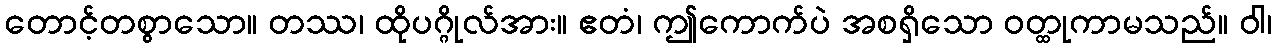
တောင့်တစွာသော။ တဿ၊ ထိုပဂ္ဂိုလ်အား။ ဧတံ၊ ဤကောက်ပဲ အစရှိသော ဝတ္ထုကာမသည်။ ဝါ၊